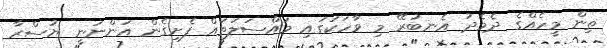
ތިން މީހެއްގެ ދެމެދު އެނބުރޭ މި ވާހަކަގައި މައްސަލަތައް ފެށިގެން އަންނަނީ ޔުސްރާ